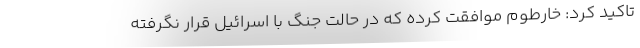
تاکید کرد: خارطوم موافقت کرده که در حالت جنگ با اسرائیل قرار نگرفته